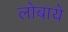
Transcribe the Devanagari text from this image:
लोबाये